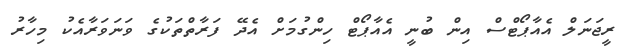
ރީޖަނަލް އެއާޕޯޓްސް އިން ބުނީ އެއާޕޯޓް ހިންގުމަށް އެދޭ ފަރާތްތަކުގެ ވަނަވަރާއެކު މިހާރު